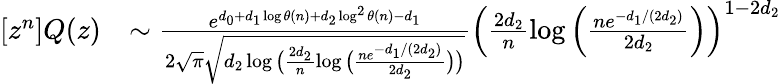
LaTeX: \begin{array}{rl}{[z^{n}]Q(z)}&{\sim\frac{e^{d_{0}+d_{1}\log\theta(n)+d_{2}\log^{2}\theta(n)-d_{1}}}{2\sqrt{\pi}\sqrt{d_{2}\log\big(\frac{2d_{2}}{n}\log\big(\frac{ne^{-d_{1}/(2d_{2})}}{2d_{2}}\big)\big)}}\Big(\frac{2d_{2}}{n}\log\Big(\frac{ne^{-d_{1}/(2d_{2})}}{2d_{2}}\Big)\Big)^{1-2d_{2}}}\end{array}